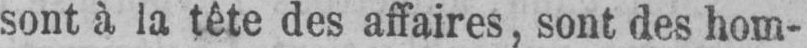
sont à la tête des affaires, sont des hom-